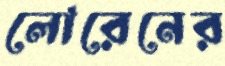
লোরেনের